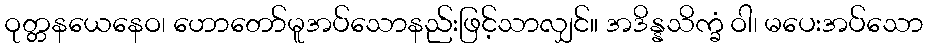
ဝုတ္တနယေနေဝ၊ ဟောတော်မူအပ်သောနည်းဖြင့်သာလျှင်။ အဒိန္နသိက္ခံ ဝါ၊ မပေးအပ်သော